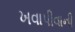
ખવાપીવાની